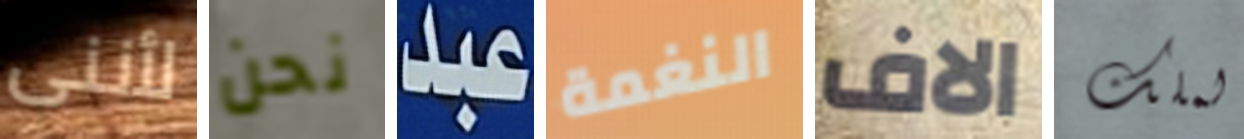
لأننى نحن عبد النغمة الاف لملك